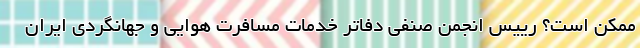
ممکن است؟ رییس انجمن صنفی دفاتر خدمات مسافرت هوایی و جهانگردی ایران